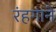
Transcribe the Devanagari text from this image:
रंहगाने